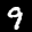
Label: 9